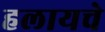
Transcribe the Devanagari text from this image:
हलायचे